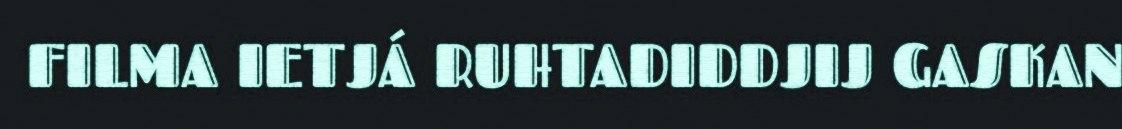
FILMA IETJÁ RUHTADIDDJIJ GASKAN